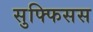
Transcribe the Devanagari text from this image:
सुफ्फिसस